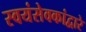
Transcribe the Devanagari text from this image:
स्वयंसेवकांद्वारे